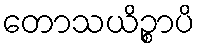
တောသယိဉ္စာပိ